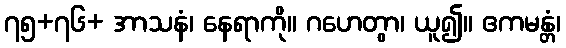
၇၅+၇၆+ အာသနံ၊ နေရာကို။ ဂဟေတွာ၊ ယူ၍။ ဧကမန္တံ၊